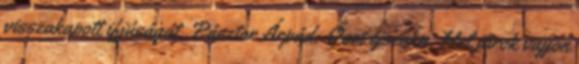
visszakapott ifjúságát. Pásztor Árpád: Őszi éjszaka. Hol járok vajjon